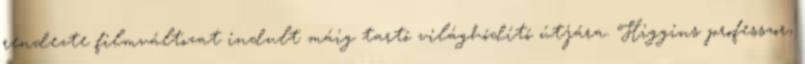
rendezte filmváltozat indult máig tartó világhódító útjára. Higgins professzor,